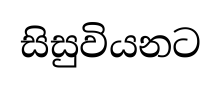
සිසුවියනට